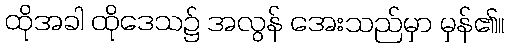
ထိုအခါ ထိုဒေသ၌ အလွန် အေးသည်မှာ မှန်၏။